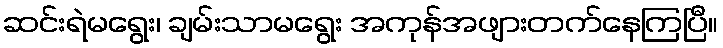
ဆင်းရဲမရွေး၊ ချမ်းသာမရွေး အကုန်အဖျားတက်နေကြပြီ။